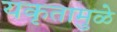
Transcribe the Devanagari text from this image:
यकृतामुळे